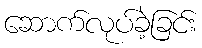
ဆောက်လုပ်ခဲ့ခြင်း